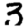
Digit: 3